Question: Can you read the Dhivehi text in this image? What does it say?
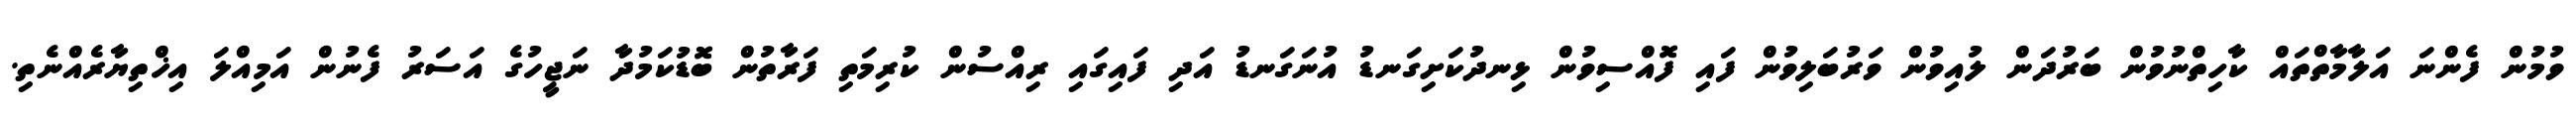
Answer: ވުމުން ފެންނަ އަލާމާތްތައް ކާހިތްނުވުން ބަރުދަން ލުއިވުން ވަރުބަލިވުން ފައި ފޮއްސިވުން ޅިނދުކަށިގަނޑު އުނަގަނޑު އަދި ފައިގައި ރިއްސުން ކުރިމަތި ފަރާތުން ބޮޑުކަމުދާ ނަޖީހުގެ އަސަރު ފެނުން އަމިއްލަ އިޚްތިޔާރެއްނެތި.